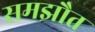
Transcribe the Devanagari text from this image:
समझौत